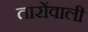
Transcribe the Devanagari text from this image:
तारोंवाली